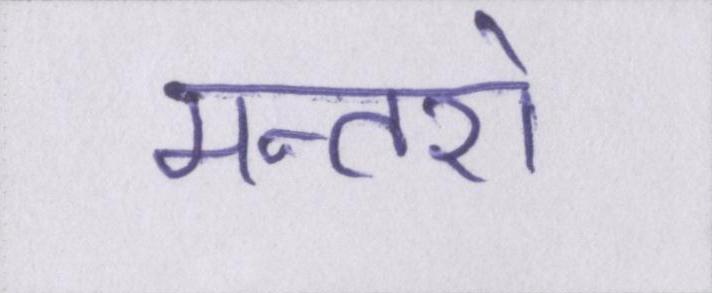
मन्तरो